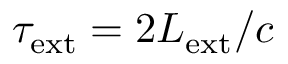
\tau _ { \mathrm { e x t } } = 2 L _ { \mathrm { e x t } } / c